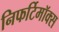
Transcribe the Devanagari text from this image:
निफर्टिमॉक्स